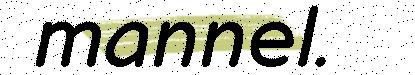
mannel.